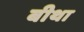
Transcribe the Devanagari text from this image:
बीथा